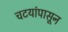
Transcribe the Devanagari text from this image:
चटयांपासून